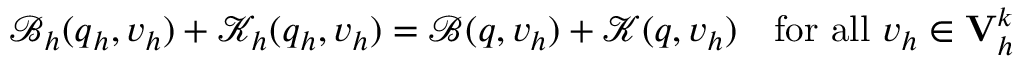
\mathcal { B } _ { \boldsymbol { h } } ( \boldsymbol { q } _ { \boldsymbol { h } } , \boldsymbol { v } _ { \boldsymbol { h } } ) + \mathcal { K } _ { \boldsymbol { h } } ( \boldsymbol { q } _ { \boldsymbol { h } } , \boldsymbol { v } _ { \boldsymbol { h } } ) = \mathcal { B } ( \boldsymbol { q } , \boldsymbol { v } _ { \boldsymbol { h } } ) + \mathcal { K } ( \boldsymbol { q } , \boldsymbol { v } _ { \boldsymbol { h } } ) \quad \mathrm { f o r ~ a l l ~ } \boldsymbol { v } _ { \boldsymbol { h } } \in \mathbf { V } _ { \boldsymbol { h } } ^ { \boldsymbol { k } }